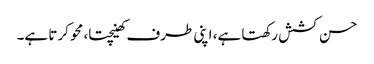
حسن کشش رکھتا ہے، اپنی طرف کھینچتا، محو کرتا ہے۔